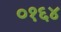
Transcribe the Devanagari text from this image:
०१६४